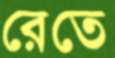
রেতে